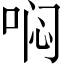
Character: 𱒶